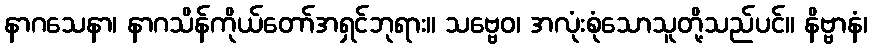
နာဂသေနာ၊ နာဂသိန်ကိုယ်တော်အရှင်ဘုရား။ သဗ္ဗေဝ၊ အလုံးစုံသောသူတို့သည်ပင်။ နိဗ္ဗာနံ၊